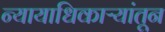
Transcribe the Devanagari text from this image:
न्यायाधिकाऱ्यांतून